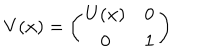
V ( { \bf x } ) = \left( \begin{array} { c c } { { U ( { \bf x } ) } } & { { 0 } } \\ { { 0 } } & { { { \bf 1 } } } \\ \end{array} \right)